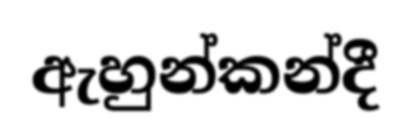
ඇහුන්කන්දී